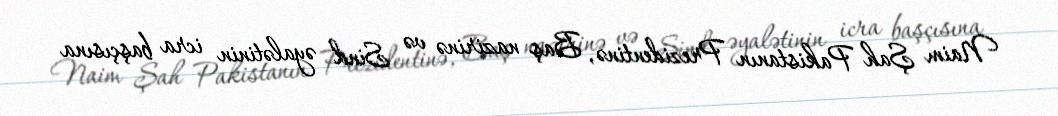
Naim Şah Pakistanın Prezidentinə, Baş nazirinə və Sind əyalətinin icra başçısına